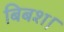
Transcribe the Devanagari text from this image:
बिबश।